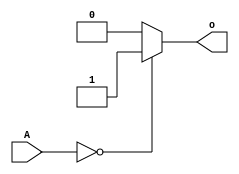
`timescale 1ns / 1ps
//////////////////////////////////////////////////////////////////////////////////
// Company: 
// Engineer: 
// 
// Design Name: 
// Module Name:    or_bit_32 
// Project Name: 
// Target Devices: 
// Tool versions: 
// Description: 
//
// Dependencies: 
//
// Revision: 
// Revision 0.01 - File Created
// Additional Comments: 
//
//////////////////////////////////////////////////////////////////////////////////
module or_bit_32(input [31:0] A,
					  output o
    );

	assign o = (A==0) ? 1:0;

endmodule